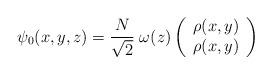
LaTeX: \begin{align*}\psi_0(x,y,z) = \frac {N} {\sqrt{2}} \; \omega(z) \left(\begin{array} {cc}\rho(x,y) \\\rho(x,y)\end{array}\right)\end{align*}